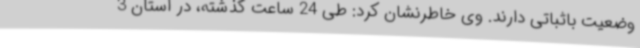
وضعیت باثباتی دارند. وی خاطرنشان کرد: طی 24 ساعت گذشته، در استان 3